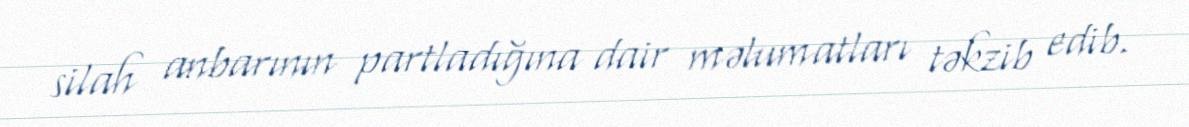
silah anbarının partladığına dair məlumatları təkzib edib.